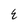
Character: E